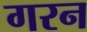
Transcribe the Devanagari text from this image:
गरन